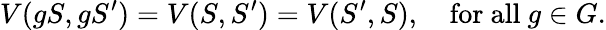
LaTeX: V(gS,gS^{\prime})=V(S,S^{\prime})=V(S^{\prime},S),~~~~\mathrm{for~all}~g\in G.